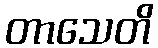
တာသေတိ